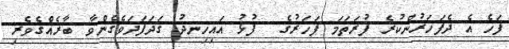
ފަހެ އެ ދެފަހަރުންކުރެ ފުރަތަމަ ފަހަރުގެ  ފުޅު އައިހިނދު ގަދަފަދަވެގެންވާ ބާރެއްގެވެރި